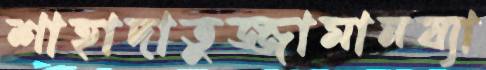
শাহাদাতুজ্জামানয্যা